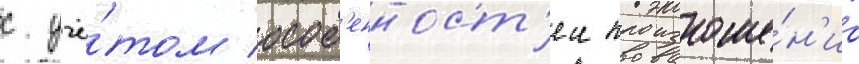
с учё́том особ'енност'еи произноше́н'иа